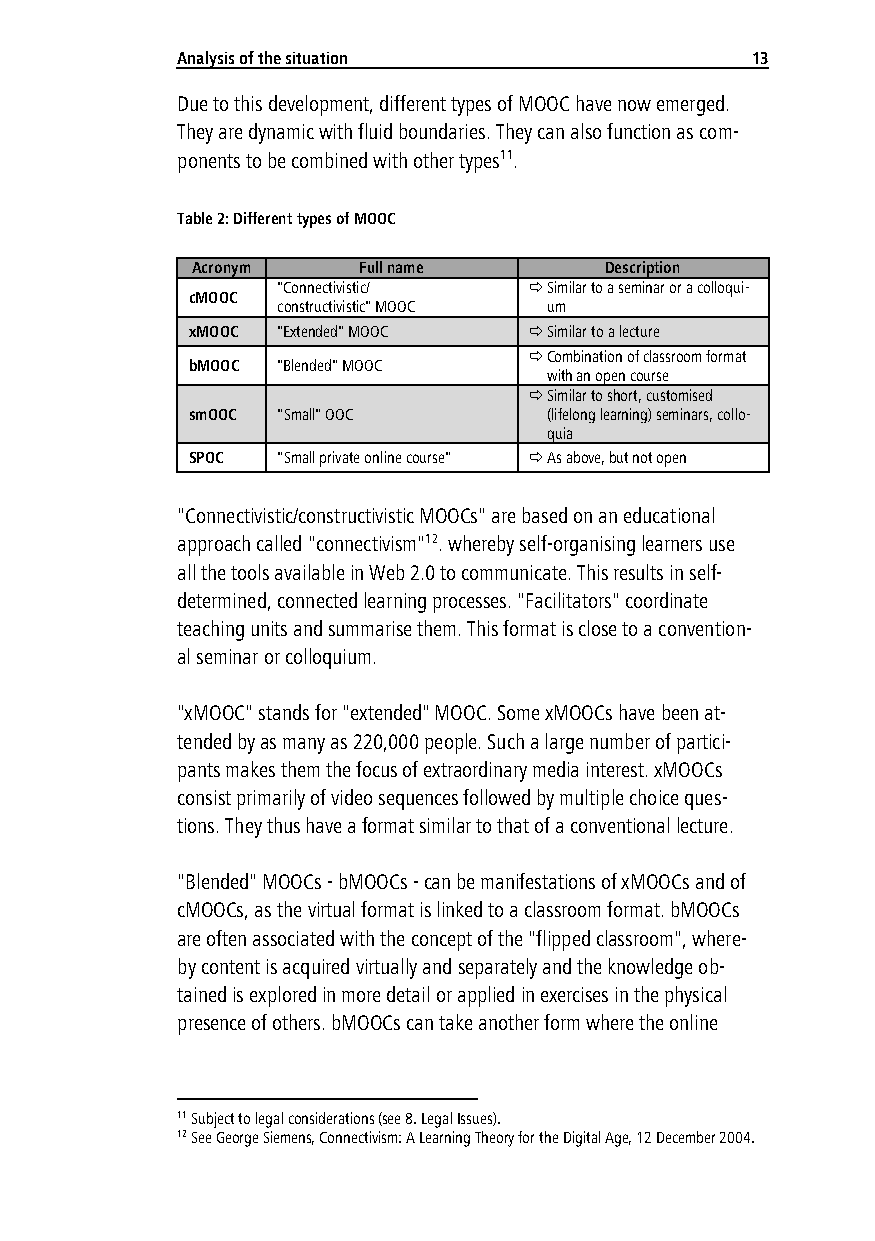
Analy sis of the situation            13
 Due to this development, different types of MOOC have now emerged.
 They are dynamic with fluid boundaries. They can also function as com-
 ponents to be combined with other types11.
 Table 2: Different types of MOOC
 Acronym    Full name       Description
 "Connectivistic/  Similar to a seminar or a colloqui-
 cMOOC
 constructivistic" MOOC um
 xMOOC "Extended" MOOC   Similar to a lecture
  Combination of classroom format
 bMOOC "Blended" MOOC
 with an open course
  Similar to short, customised
 smOOC "Small" OOC       (lifelong learning) seminars, collo-
 quia
 SPOC  "Small private online course"  As above, but not open
 "Connectivistic/constructivistic MOOCs" are based on an educational
 approach called "connectivism"12. whereby self-organising learners use
 all the tools available in Web 2.0 to communicate. This results in self-
 determined, connected learning processes. "Facilitators" coordinate
 teaching units and summarise them. This format is close to a convention-
 al seminar or colloquium.
 "xMOOC" stands for "extended" MOOC. Some xMOOCs have been at-
 tended by as many as 220,000 people. Such a large number of partici-
 pants makes them the focus of extraordinary media interest. xMOOCs
 consist primarily of video sequences followed by multiple choice ques-
 tions. They thus have a format similar to that of a conventional lecture.
 "Blended" MOOCs - bMOOCs - can be manifestations of xMOOCs and of
 cMOOCs, as the virtual format is linked to a classroom format. bMOOCs
 are often associated with the concept of the "flipped classroom", where-
 by content is acquired virtually and separately and the knowledge ob-
 tained is explored in more detail or applied in exercises in the physical
 presence of others. bMOOCs can take another form where the online
 11 Subject to legal considerations (see 8. Legal Issues).
 12 See George Siemens, Connectivism: A Learning Theory for the Digital Age, 12 December 2004.